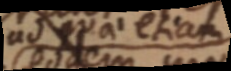
ad quae etiam